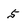
Character: 5